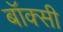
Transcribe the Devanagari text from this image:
बॉक्सी